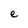
Character: e